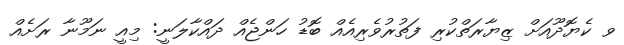
ވ ކެޔޮދޫއަށް ޒިޔާރަތްކުރި ފަތުރުވެރިއެއް ބޮޑު ހަންޖެއް ދައްކާލަނީ: މިއީ ނަމޫނާ ރަށެއް